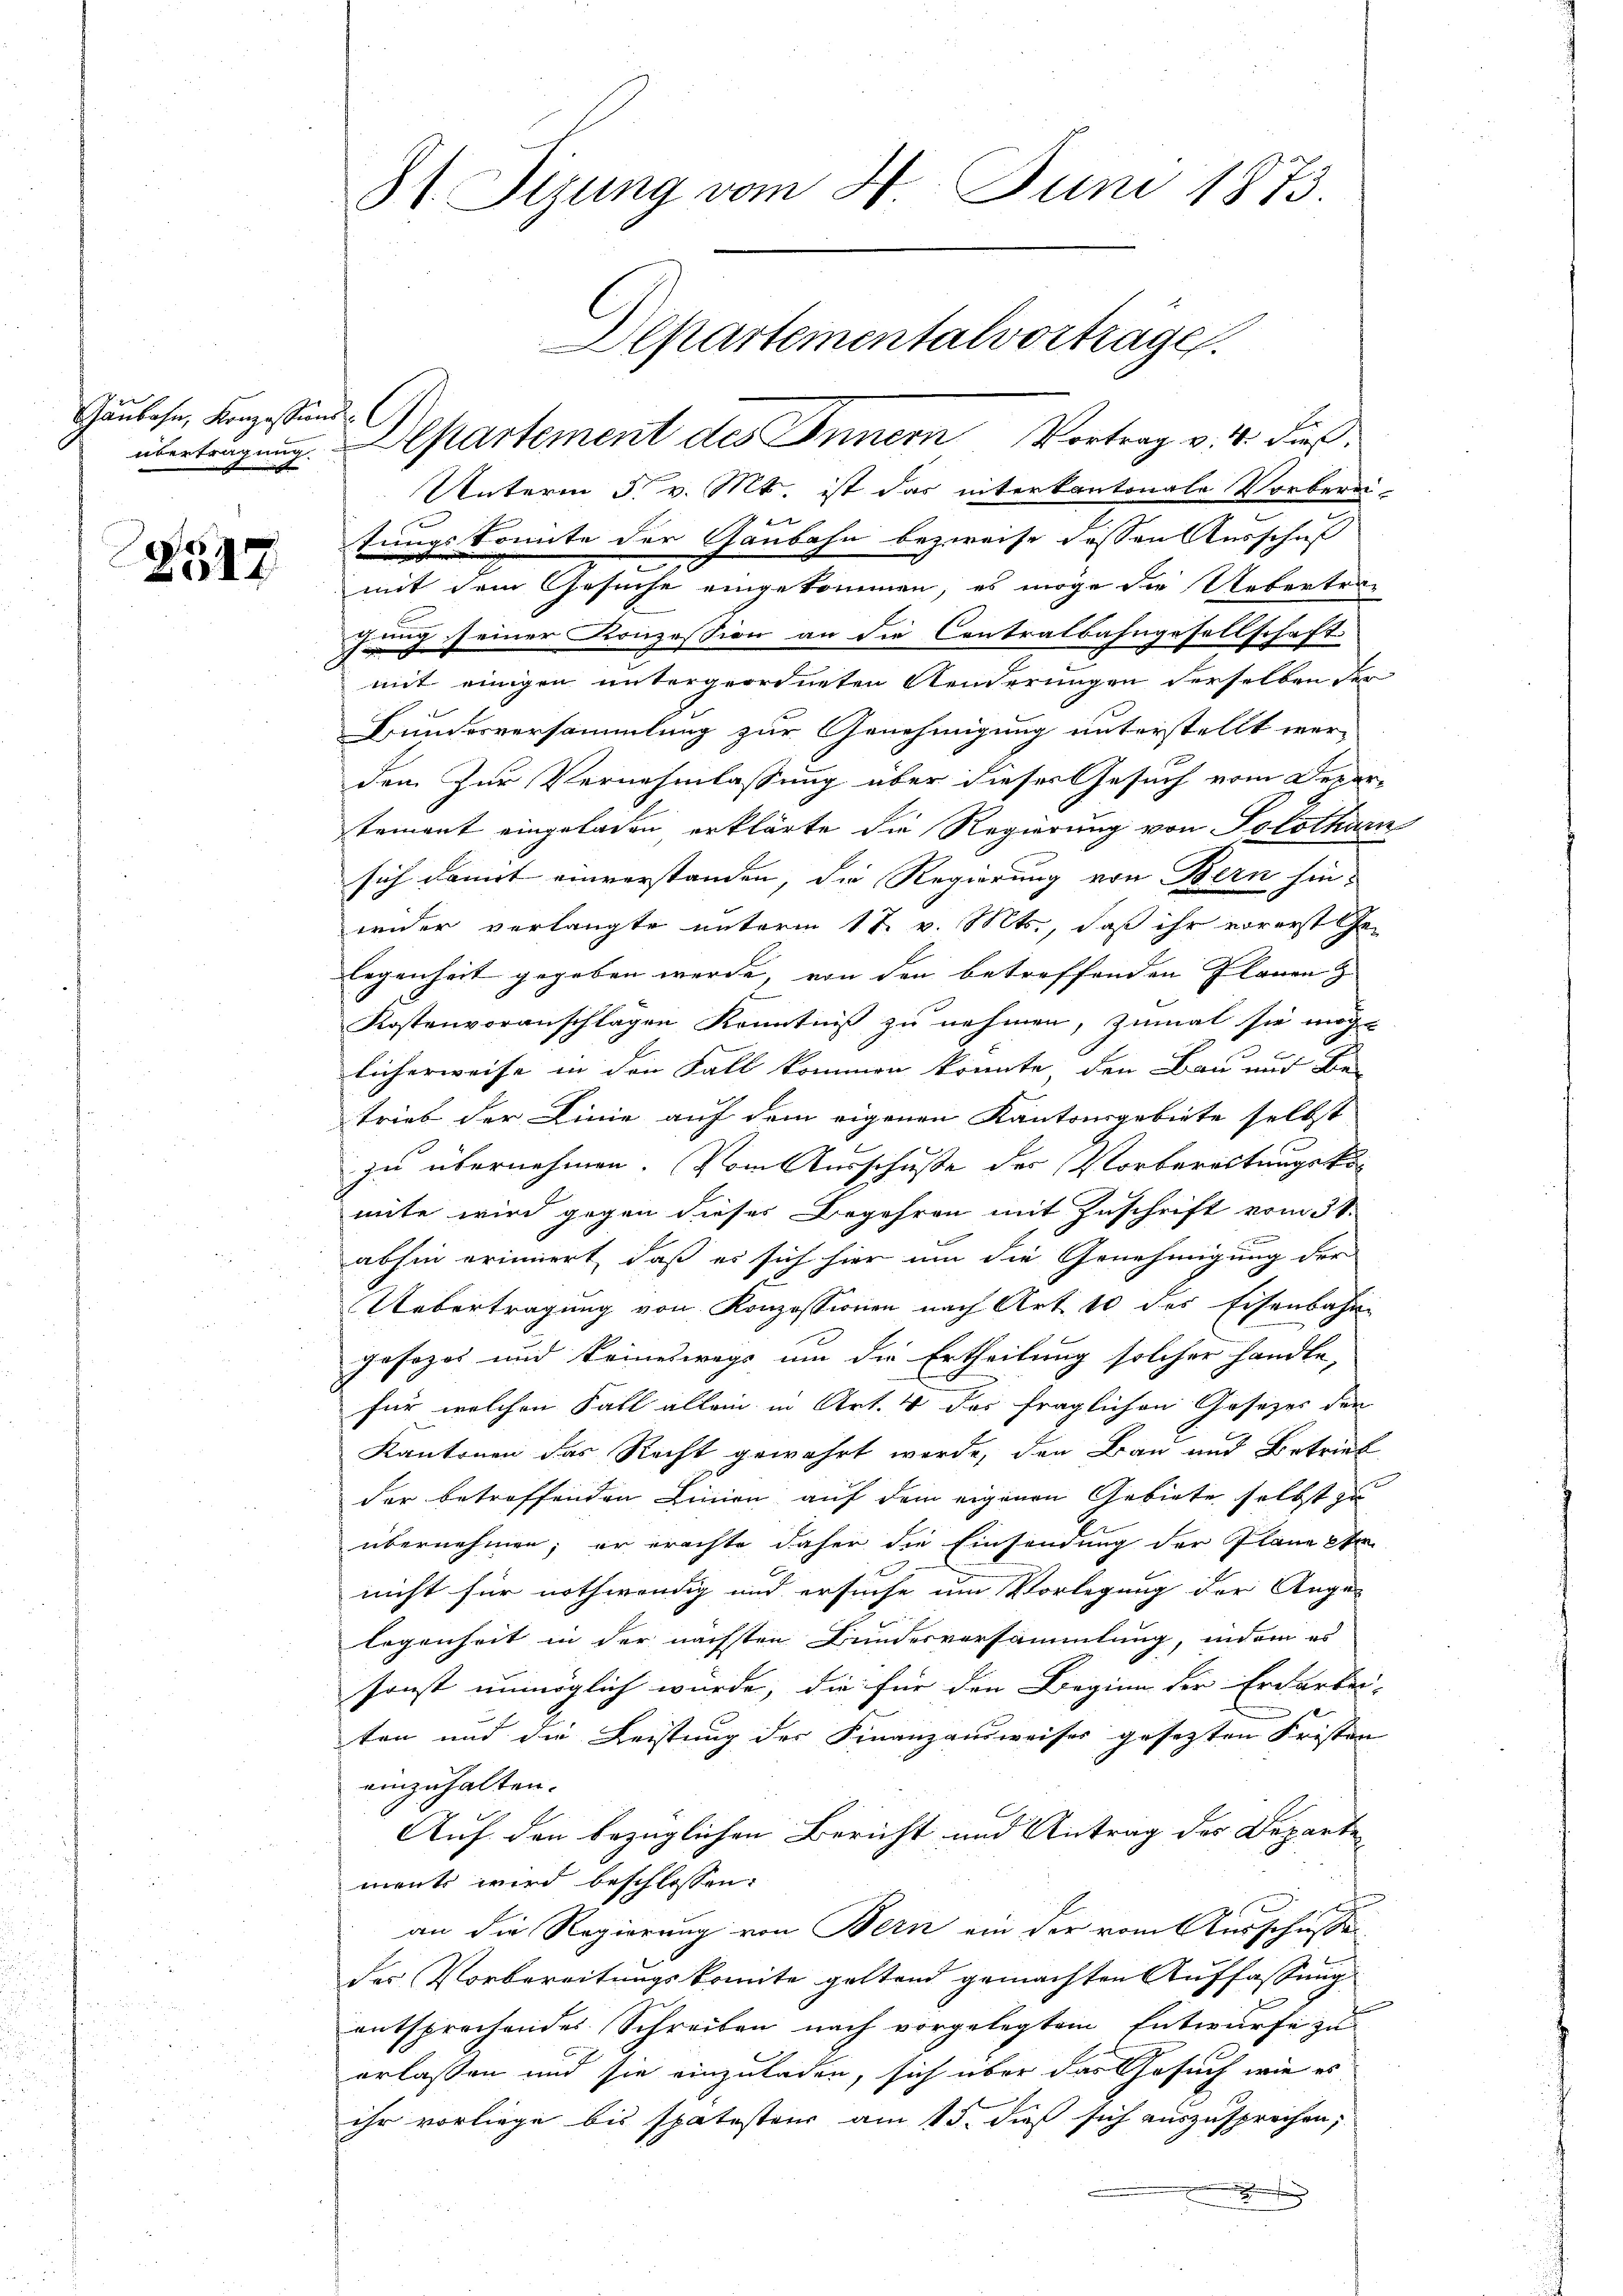
Gaubahn, Konzessions
übertragung.

2517

31 Sizung vom 4. Juni 1873.
Departementalvorträge.

Departement des Innern Vortrag v. 4. dieß.
Unterm 5. v. Mt. ist das interkantonale Vorberei-
tungskomite der Gaubahn bezweife dessen Ausschuß
mit dem Gesuche eingekommen, es möge die Uebertrachung seiner Konzession an die Contralbahngesellschaft
mit einigen untergeordneten Aenderungen derselben der
Bundesversammlung zur Genehmigung unterstellt werden zur Vernehmlassung über dieser Gesuch vom Departemant eingeladen erklärte die Regierung von Solothur
sich damit einverstanden, die Regierung von Bern hinwider verlangte unterm 17. v. Mts., daß ihr vorerst Ge-
legenheit gegeben werde, von den betreffenden Planen
Kostenvoranschlagen Kenntniß zu nehmen, zumal sie möge
licherweise in den Fall kommen könnte, den Bau und die
trieb der Linie auf dem eigenen Kantonsgebiete selbst
zu übernehmen. Vom Ausschuße der Vorbereitungskomite wird gegen dieser Begehren mit Zuschrift vom 31.
abhin erinnert, daß es sich hier um die Genehmigung der
Uebertragung von Konzessionen nach Art. 10 des Eisenbahn
gesezes und keineswegs um die Ertheilung solcher handle,
für welchen Fall allein in Art. 4 das fraglichen Gesetzer den
Kantonen das Recht gewährt werde, den Bau und Betrieb
der betroffenden Linien auf dem eigenen Gebiete selbst zu
übernehmen; er erachte daher die Einsendung der Plane pr
nicht für nothwendig und ersuche um Vorlegung der Ange-
legenheit in der nächsten Bundesversammlung, indem es
sonst unmöglich würde, die für den Lieginn der Erdarbei-
ten und die Leistung der Finanzausweiser gesetzten Fristen
einzuhalten.
Auf den bezüglichen Bericht und Antrag des Departen
ment wird beschlossen:
an die Regierung von Bern ein der vom Ausschieße
der Vorbereitungskomite geltend gemachten Auffassung
entsprochendes Schreiben nach vorgelegtem Entwurfe zu
erlassen und sie einzuladen, sich über das Gesuch wie es
ihr vorliege bis spätester am 15. dieß sich auszusprechen,
.